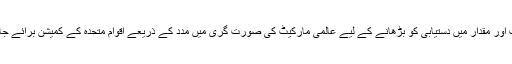
یہ زندگی بچانے والی معیاری اشیا کی موزوں قیمت اور مقدار میں دستیابی کو بڑھانے کے لیے عالمی مارکیٹ کی صورت گری میں مدد کے ذریعے اقوام متحدہ کے کمیشن برائے جان بچاؤ اسباب کی تجاویز کو بھی سپورٹ کرتا ہے۔